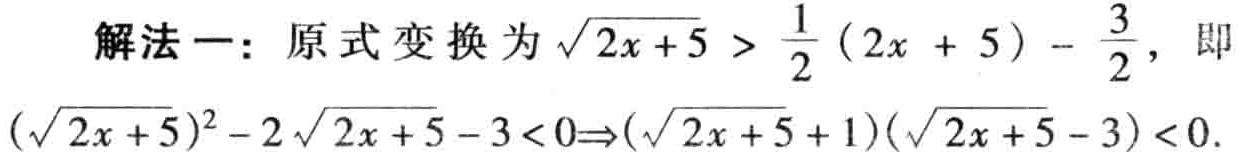
解法一：原式变换为\(\sqrt{2x + 5} > \frac{1}{2}(2x + 5) - \frac{3}{2}\)，即\((\sqrt{2x + 5})^2 - 2\sqrt{2x + 5} - 3<0\Rightarrow(\sqrt{2x + 5} + 1)(\sqrt{2x + 5} - 3)<0\)。